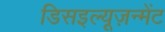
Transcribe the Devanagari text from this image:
डिसइल्यूज़न्मेंट